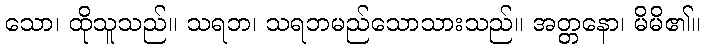
သော၊ ထိုသူသည်။ သရဘ၊ သရဘမည်သောသားသည်။ အတ္တနော၊ မိမိ၏။